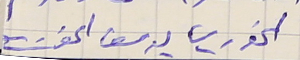
الخوري يوسف الخوري